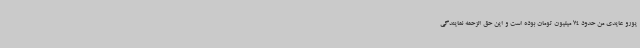
یورو عایدی من حدود 74 میلیون تومان بوده است و این حق الزحمه نمایندگی